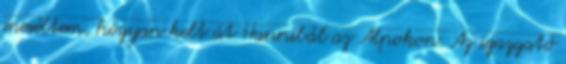
meséltem, hogyan kelt át Hannibál az Alpokon. Az igazgató